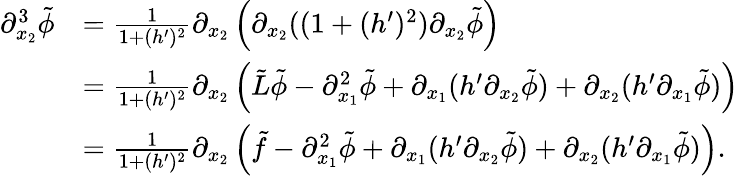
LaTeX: \begin{array}{rl}{\partial_{x_{2}}^{3}\tilde{\phi}}&{=\frac{1}{1+(h^{\prime})^{2}}\partial_{x_{2}}\left(\partial_{x_{2}}((1+(h^{\prime})^{2})\partial_{x_{2}}\tilde{\phi}\right)}\\ &{=\frac{1}{1+(h^{\prime})^{2}}\partial_{x_{2}}\left(\tilde{L}\tilde{\phi}-\partial_{x_{1}}^{2}\tilde{\phi}+\partial_{x_{1}}(h^{\prime}\partial_{x_{2}}\tilde{\phi})+\partial_{x_{2}}(h^{\prime}\partial_{x_{1}}\tilde{\phi})\right)}\\ &{=\frac{1}{1+(h^{\prime})^{2}}\partial_{x_{2}}\left(\tilde{f}-\partial_{x_{1}}^{2}\tilde{\phi}+\partial_{x_{1}}(h^{\prime}\partial_{x_{2}}\tilde{\phi})+\partial_{x_{2}}(h^{\prime}\partial_{x_{1}}\tilde{\phi})\right).}\end{array}